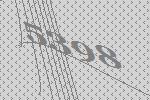
5398